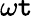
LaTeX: \omega\mathtt{t}